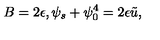
B = 2 \epsilon , \psi _ { s } + \psi _ { 0 } ^ { 4 } = 2 \epsilon \tilde { u } ,